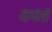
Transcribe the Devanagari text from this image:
दमंती